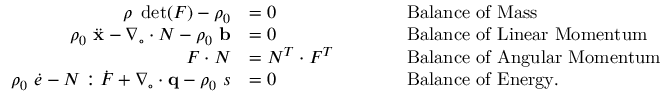
{ \begin{array} { r l r l } { \rho ~ \operatorname* { d e t } ( { \boldsymbol { F } } ) - \rho _ { 0 } } & { = 0 } & & { \qquad { \mathrm { B a l a n c e ~ o f ~ M a s s } } } \\ { \rho _ { 0 } ~ { \ddot { \mathbf { x } } } - { \boldsymbol { \nabla } } _ { \circ } \cdot { \boldsymbol { N } } - \rho _ { 0 } ~ \mathbf { b } } & { = 0 } & & { \qquad { \mathrm { B a l a n c e ~ o f ~ L i n e a r ~ M o m e n t u m } } } \\ { { \boldsymbol { F } } \cdot { \boldsymbol { N } } } & { = { \boldsymbol { N } } ^ { T } \cdot { \boldsymbol { F } } ^ { T } } & & { \qquad { \mathrm { B a l a n c e ~ o f ~ A n g u l a r ~ M o m e n t u m } } } \\ { \rho _ { 0 } ~ { \dot { e } } - { \boldsymbol { N } } : { \dot { \boldsymbol { F } } } + { \boldsymbol { \nabla } } _ { \circ } \cdot \mathbf { q } - \rho _ { 0 } ~ s } & { = 0 } & & { \qquad { \mathrm { B a l a n c e ~ o f ~ E n e r g y . } } } \end{array} }